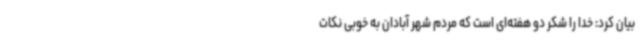
بیان کرد: خدا را شکر دو هفته‌ای است که مردم شهر آبادان به خوبی نکات